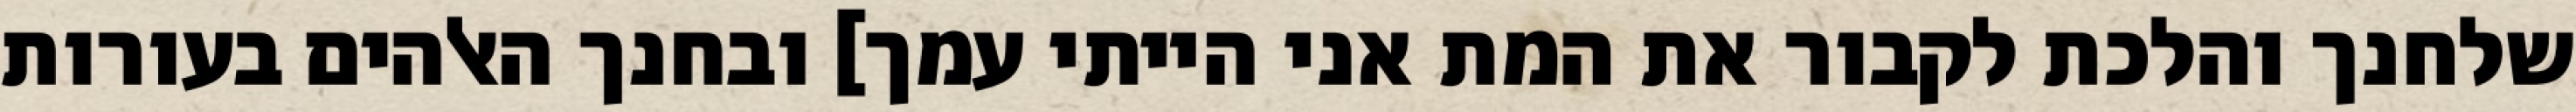
שלחנך והלכת לקבור את המת אני הייתי עמך] ובחנך האלהים בעורות